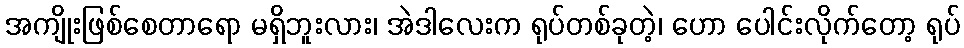
အကျိုးဖြစ်စေတာရော မရှိဘူးလား၊ အဲဒါလေးက ရုပ်တစ်ခုတဲ့၊ ဟော ပေါင်းလိုက်တော့ ရုပ်